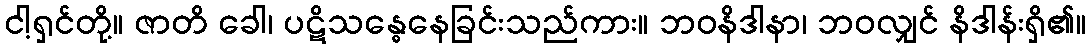
ငါ့ရှင်တို့။ ဇာတိ ခေါ၊ ပဋိသန္ဓေနေခြင်းသည်ကား။ ဘဝနိဒါနာ၊ ဘဝလျှင် နိဒါန်းရှိ၏။